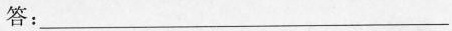
答：___